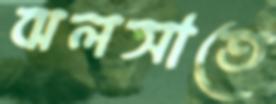
ঝলসাতে